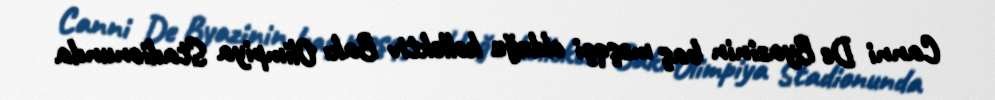
Canni De Byazinin baş məşqçi olduğu kollektiv Bakı Olimpiya Stadionunda